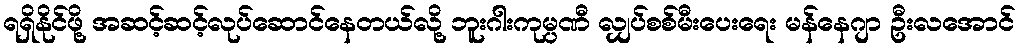
ရရှိနိုင်ဖို့ အဆင့်ဆင့်လုပ်ဆောင်နေတယ်လို့ ဘူးဂါးကုမ္ပဏီ လျှပ်စစ်မီးပေးရေး မန်နေဂျာ ဦးလအောင်